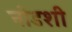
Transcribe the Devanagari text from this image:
नोडशी